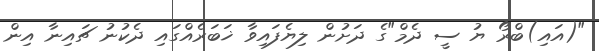
"(އައި)ބްރޯ ޔު ސީ ދެމް"ގެ ދަށުން ލިޔެފައިވާ ޚަބަރެއްގައި ދެކުނު ޗައިނާ އިން